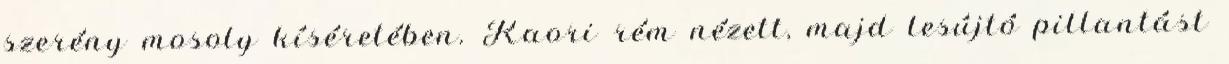
szerény mosoly kíséretében. Kaori rém nézett, majd lesújtó pillantást